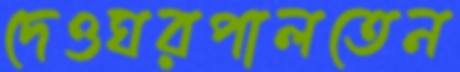
দেওঘরপালতেন